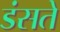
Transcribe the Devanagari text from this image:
डंसते